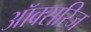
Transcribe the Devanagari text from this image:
ऑक्सरिज